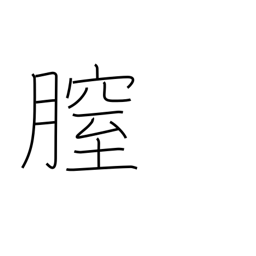
Meaning: vagina